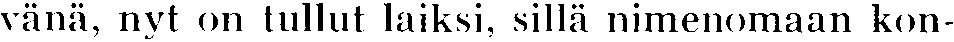
vänä, nyt on tullut laiksi, sillä nimenomaan kon-